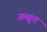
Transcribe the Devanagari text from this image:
अच्चुत